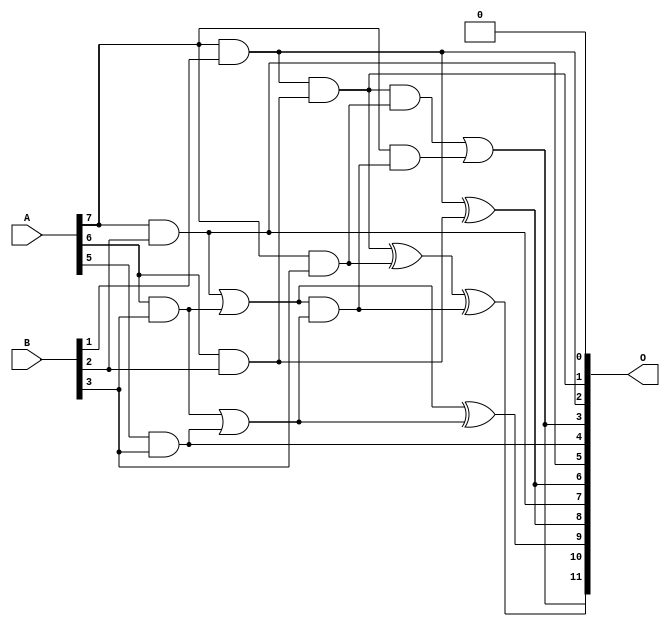
/***
* This code is a part of EvoApproxLib library (ehw.fit.vutbr.cz/approxlib) distributed under The MIT License.
* When used, please cite the following article(s): V. Mrazek, L. Sekanina, Z. Vasicek "Libraries of Approximate Circuits: Automated Design and Application in CNN Accelerators" IEEE Journal on Emerging and Selected Topics in Circuits and Systems, Vol 10, No 4, 2020 
* This file contains a circuit from a sub-set of pareto optimal circuits with respect to the pwr and mse parameters
***/
// MAE% = 3.97 %
// MAE = 162 
// WCE% = 18.63 %
// WCE = 763 
// WCRE% = 106.25 %
// EP% = 93.09 %
// MRE% = 39.63 %
// MSE = 43327 
// PDK45_PWR = 0.010 mW
// PDK45_AREA = 48.3 um2
// PDK45_DELAY = 0.26 ns

module mul8x4u_4Z7 (
    A,
    B,
    O
);

input [7:0] A;
input [3:0] B;
output [11:0] O;

wire sig_27,sig_68,sig_69,sig_97,sig_104,sig_112,sig_113,sig_114,sig_141,sig_142,sig_144,sig_145,sig_147,sig_148,sig_149,sig_150,sig_151;

assign sig_27 = A[7] & B[1];
assign sig_68 = A[6] & B[2];
assign sig_69 = A[7] & B[2];
assign sig_97 = sig_27 ^ sig_68;
assign sig_104 = sig_27 & sig_68;
assign sig_112 = A[5] & B[3];
assign sig_113 = A[6] & B[3];
assign sig_114 = A[7] & B[3];
assign sig_141 = sig_113 | sig_112;
assign sig_142 = sig_69 | sig_113;
assign sig_144 = sig_142 & sig_141;
assign sig_145 = sig_142 ^ sig_141;
assign sig_147 = sig_104 ^ sig_114;
assign sig_148 = sig_104 & sig_114;
assign sig_149 = A[7] & sig_144;
assign sig_150 = sig_147 ^ sig_144;
assign sig_151 = sig_148 | sig_149;

assign O[11] = sig_151;
assign O[10] = sig_150;
assign O[9] = sig_145;
assign O[8] = sig_97;
assign O[7] = sig_69;
assign O[6] = sig_97;
assign O[5] = sig_69;
assign O[4] = sig_112;
assign O[3] = sig_151;
assign O[2] = sig_27;
assign O[1] = sig_104;
assign O[0] = 1'b0;

endmodule